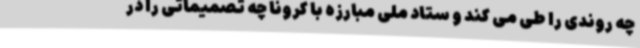
چه روندی را طی می کند و ستاد ملی مبارزه با کرونا چه تصمیماتی را در